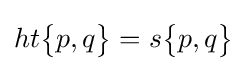
ht{\begin{Bmatrix}p,q\end{Bmatrix}}=s{\begin{Bmatrix}p,q\end{Bmatrix}}